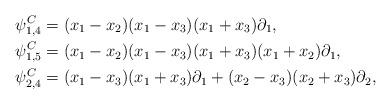
LaTeX: \begin{align*}\psi^C_{1,4} &= (x_1-x_2)(x_1-x_3)(x_1+x_3)\partial_1,\\\psi^C_{1,5} &= (x_1-x_2)(x_1-x_3)(x_1+x_3)(x_1+x_2)\partial_{1},\\\psi^C_{2,4} &= (x_1-x_3)(x_1+x_3)\partial_1+(x_2-x_3)(x_2+x_3)\partial_2,\end{align*}